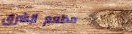
مطعم الشرق